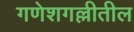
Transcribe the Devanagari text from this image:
गणेशगल्लीतील